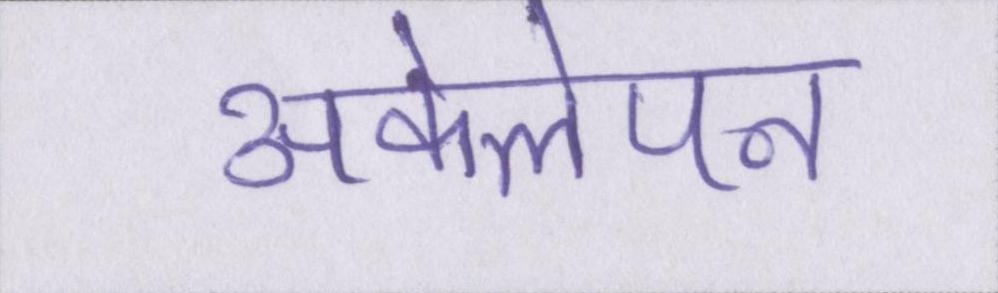
अकेलेपन